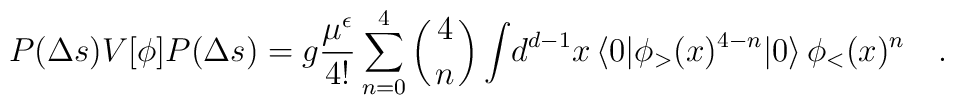
{P(\Delta s)V[\phi]P(\Delta s)}={g}{\mu^\epsilon\over 4!}\sum_{n=0}^4 \left({4\atop n}\right)\int\! d^{d-1}x \,\langle 0|\phi_>(x)^{4-n}|0\rangle\,\phi_<(x)^n\quad.